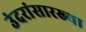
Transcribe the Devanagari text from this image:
उंदरांसारख्या